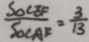
\frac { S _ { \Delta } C E _ { F } } { S _ { \Delta C A E } } = \frac { 3 } { 1 3 }